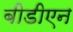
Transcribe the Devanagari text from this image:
बीडीएन